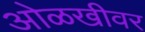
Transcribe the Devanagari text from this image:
ओळखीवर